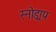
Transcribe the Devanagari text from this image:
स्नोड्राप